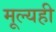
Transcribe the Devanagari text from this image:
मूल्यही